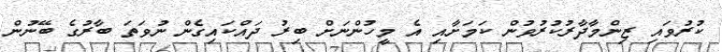
ކުރުވައި ޒިންމާދާރުކުރުވުން ކަމަށާއި އެ މީހުންނަށް ބިރު ދައްކައިގެން ނުވަތަ ބާރުގެ ބޭނުން